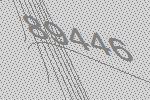
89446